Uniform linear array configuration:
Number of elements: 16
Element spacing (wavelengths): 1
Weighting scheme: blackman
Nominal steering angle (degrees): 15
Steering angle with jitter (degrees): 14.891
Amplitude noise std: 0.05
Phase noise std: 0.05

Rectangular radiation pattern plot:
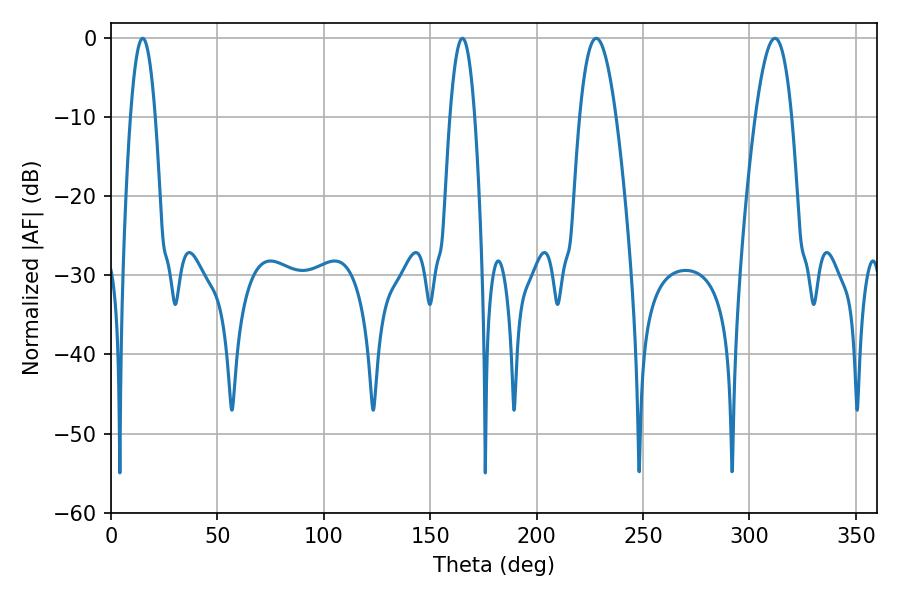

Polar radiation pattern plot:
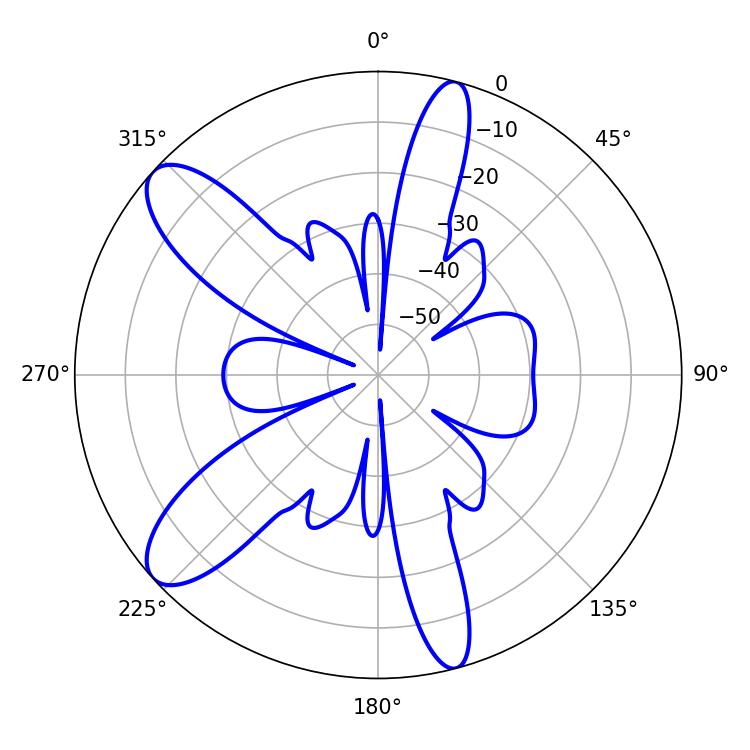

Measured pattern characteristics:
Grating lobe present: TRUE
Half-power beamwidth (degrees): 9.36
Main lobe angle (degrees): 228.06